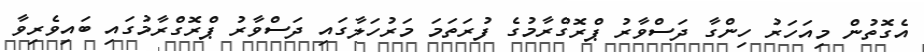
އެގޮތުން މިއަހަރު ހިންގާ ދަސްވާރު ޕްރޮގްރާމުގެ ފުރަތަމަ މަރުހަލާގައި ދަސްވާރު ޕްރޮގްރާމުގައި ބައިވެރިވާ